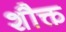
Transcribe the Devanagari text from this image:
शौक्त